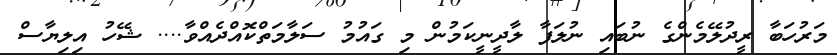
މަރުހަބާ ރީދުލޭމެންގެ ނުބައި ނުލަފާ ލާދީނީކަމުން މި ގައުމު ސަލާމަތްކޮއްދެއްވާ.... ޝޭހު އިލިޔާސް